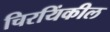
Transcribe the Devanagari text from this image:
चिरयिंकील